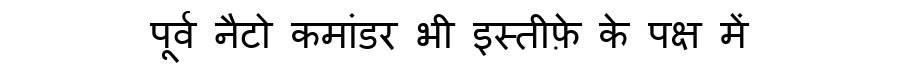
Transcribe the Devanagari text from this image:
पूर्व नैटो कमांडर भी इस्तीफ़े के पक्ष में